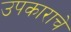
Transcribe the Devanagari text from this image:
उपकाराचे